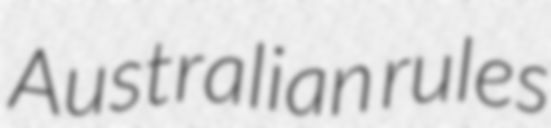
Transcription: Australian rules